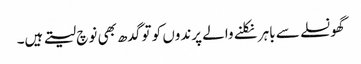
گھونسلے سے باہر نکلنے والے پرندوں کو تو گدھ بھی نوچ لیتے ہیں۔